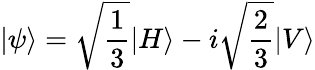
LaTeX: |\psi\rangle={\sqrt{\frac{1}{3}}}|H\rangle-i{\sqrt{\frac{2}{3}}}|V\rangle